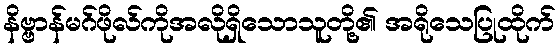
နိဗ္ဗာန်မဂ်ဖိုလ်ကိုအလိုရှိသောသူတို့၏ အရိုသေပြုထိုက်